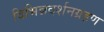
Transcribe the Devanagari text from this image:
विभिन्नदर्शनग्रहण